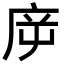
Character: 㡿